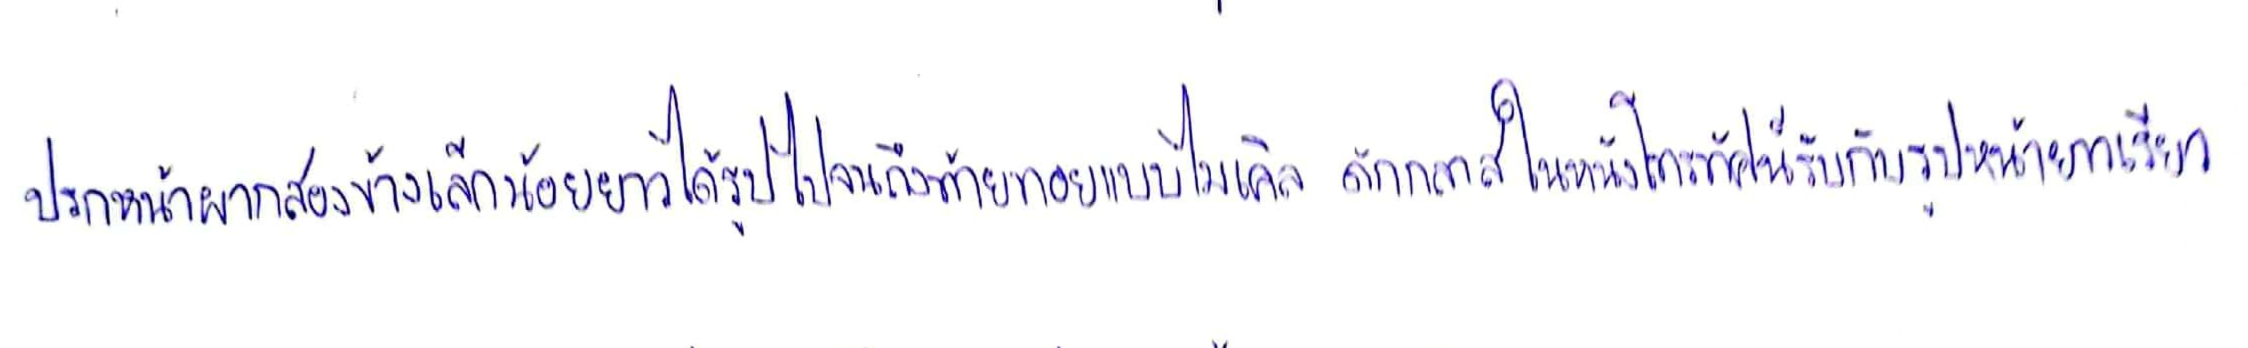
ปรกหน้าผากสองข้างเล็กน้อยยาวได้รูปไปจนถึงท้ายทอยแบบไมเคิล ดักกลาสในหนังโทรทัศน์รับกับรูปหน้ายาวเรียว